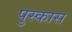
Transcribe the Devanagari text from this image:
पुस्कास